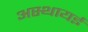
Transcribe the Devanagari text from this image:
अस्थायई